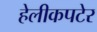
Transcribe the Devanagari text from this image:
हेलीकपटेर